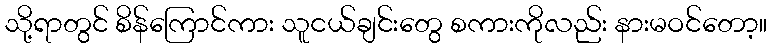
သို့ရာတွင် စိန်ကြောင်ကား သူငယ်ချင်းတွေ စကားကိုလည်း နားမဝင်တော့။